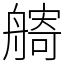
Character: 𦪌